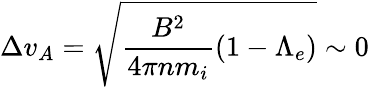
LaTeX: \Delta v_{A}=\sqrt{\frac{B^{2}}{4\pi nm_{i}}\left(1-\Lambda_{e}\right)}\sim 0